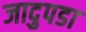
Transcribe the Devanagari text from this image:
जादुपडा